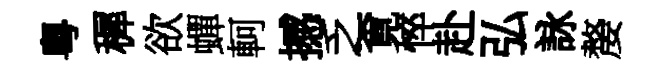
粵穉欲蟬軻撼乏覔悴赴弘詠嫠